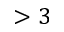
> 3